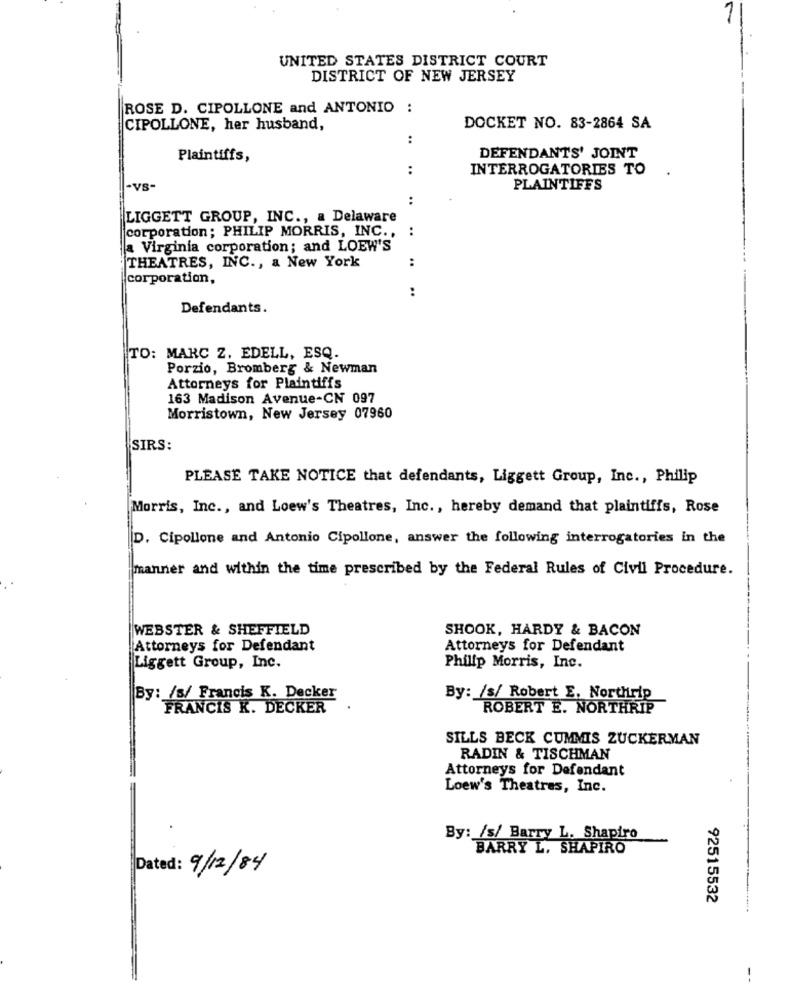
UNITED STATES DISTRICT COURT
DISTRICT OF NEW JERSEY
ROSE D. CIPOLLONE and ANTONIO :
CIPOLLONE, her husband,
DOCKET NO. 83-2864 SA
:
Plaintiffs,
DEFENDANTS' JOINT
:
INTERROGATORIES TO
-VS-
PLAINTIFFS
:
LIGGETT GROUP, INC ., a Delaware
corporation; PHILIP MORRIS, INC ., :
a Virginia corporation; and LOEW'S
:
THEATRES, INC ., & New York
corporation,
..
Defendants.
TO: MARC Z. EDELL, ESQ.
Porzio, Bromberg & Newman
Attorneys for Plaintiffs
163 Madison Avenue-CN 097
Morristown, New Jersey 07960
SIRS:
PLEASE TAKE NOTICE that defendants, Liggett Group, Inc ., Philip
Morris, Inc ., and Loew's Theatres, Inc ., hereby demand that plaintiffs, Rose
D. Cipollone and Antonio Cipollone, answer the following interrogatories in the
manner and within the time prescribed by the Federal Rules of Civil Procedure.
WEBSTER & SHEFFIELD
SHOOK, HARDY & BACON
Attorneys for Defendant
Attorneys for Defendant
Liggett Group, Inc.
Philip Morris, Inc.
By: /s/ Francis K. Decker
By: /s/ Robert E. Northrip
FRANCIS K. DECKER
ROBERT E. NORTHRIP
SILLS BECK CUMMIS ZUCKERMAN
RADIN & TISCHMAN
Attorneys for Defendant
Loew's Theatres, Inc.
.
By: /s/ Barry L. Shapiro
BARRY L. SHAPIRO
Dated: 9/12/84
92515532
!